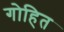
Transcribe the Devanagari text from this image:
गोहित